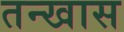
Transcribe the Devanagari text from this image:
तन्खास